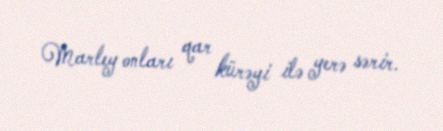
Marley onları qar kürəyi ilə yerə sərir.